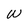
Character: W